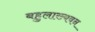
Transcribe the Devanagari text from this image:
बहुलाख्यवन